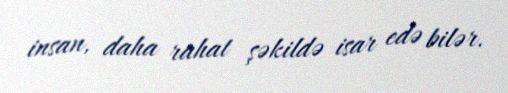
insan, daha rahat şəkildə isar edə bilər.